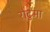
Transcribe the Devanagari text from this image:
रोटुमा